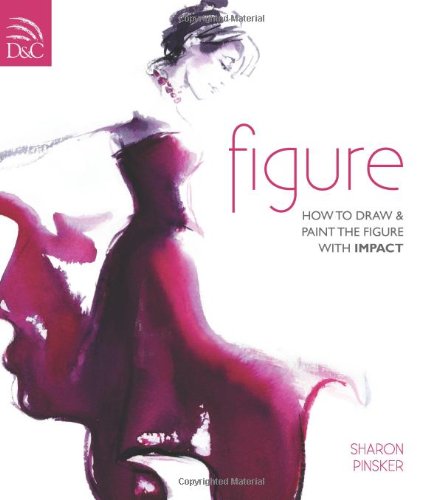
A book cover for Figure: How To Draw And Paint The Figure With Impact; Sharon Pinsker; Arts & Photography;